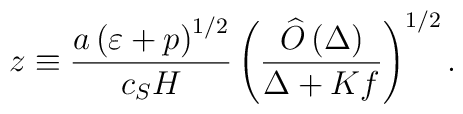
z\equiv \frac{a\left( \varepsilon +p\right) ^{1/2}}{c_{S}H}\left( \frac{\widehat{O}\left(\Delta \right) }{\Delta +Kf}\right)^{1/2} .